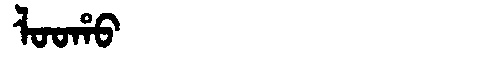
Manchu: ᠯᠣᠣᡥᠣ
Romanization: LOOHO